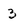
Character: 3